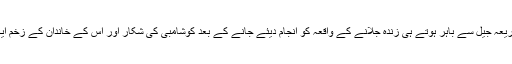
اناؤ متاثرہ کو ملزمین کے ذریعہ جیل سے باہر ہوتے ہی زندہ جلانے کے واقعہ کو انجام دیئے جانے کے بعد کوشامبی کی شکار اور اس کے خاندان کے زخم ایک بار پھر تازہ ہو گئے ہیں۔